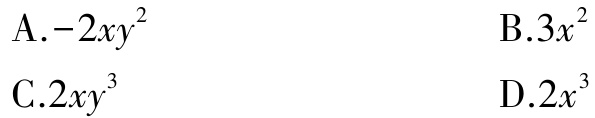
A.$-2xy^{2}$
B.$3x^{2}$
C.$2xy^{3}$
D.$2x^{3}$